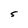
Character: S